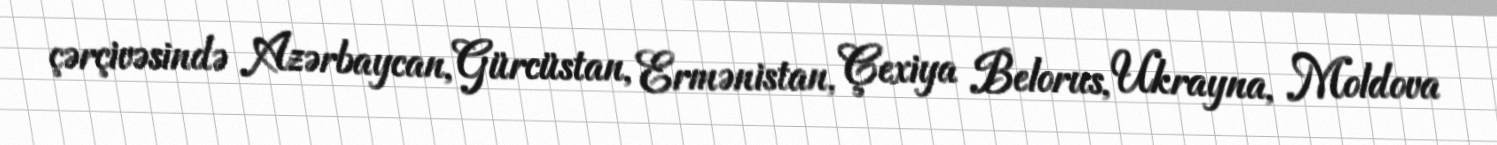
çərçivəsində Azərbaycan, Gürcüstan, Ermənistan, Çexiya Belorus, Ukrayna, Moldova